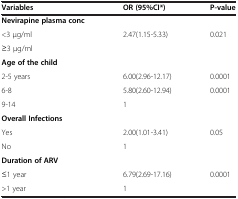
<table><thead><tr><td><b>Variables</b></td><td><b>OR (95%CI*)</b></td><td><b>P-value</b></td></tr></thead><tbody><tr><td><b>Nevirapine plasma conc</b></td><td> </td><td> </td></tr><tr><td>&lt;3 μg/ml</td><td>2.47(1.15-5.33)</td><td>0.021</td></tr><tr><td>≥3 μg/ml</td><td> </td><td> </td></tr><tr><td><b>Age of the child</b></td><td> </td><td> </td></tr><tr><td>2-5 years</td><td>6.00(2.96-12.17)</td><td>0.0001</td></tr><tr><td>6-8</td><td>5.80(2.60-12.94)</td><td>0.0001</td></tr><tr><td>9-14</td><td>1</td><td> </td></tr><tr><td><b>Overall Infections</b></td><td> </td><td> </td></tr><tr><td>Yes</td><td>2.00(1.01-3.41)</td><td>0.05</td></tr><tr><td>No</td><td>1</td><td> </td></tr><tr><td><b>Duration of ARV</b></td><td> </td><td> </td></tr><tr><td>≤1 year</td><td>6.79(2.69-17.16)</td><td>0.0001</td></tr><tr><td>&gt;1 year</td><td>1</td><td> </td></tr></tbody></table>